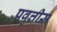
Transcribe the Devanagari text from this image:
प्रवृत्तीस